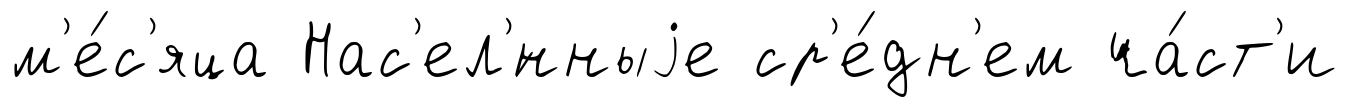
м'е́с'яца Нас'ел'́нныjе ср'е́дн'ем ча́ст'и